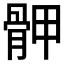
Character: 𩨹